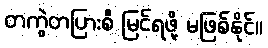
တကွဲတပြားစီ မြင်ရဖို့ မဖြစ်နိုင်။